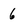
Character: 6